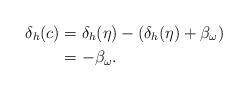
LaTeX: \begin{align*} \delta_h(c)&=\delta_h(\eta)-(\delta_h(\eta)+\beta_\omega)\\ &=-\beta_\omega.\end{align*}